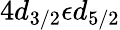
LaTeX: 4d_{3/2}\epsilon d_{5/2}